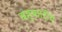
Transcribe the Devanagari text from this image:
बहुकारीय